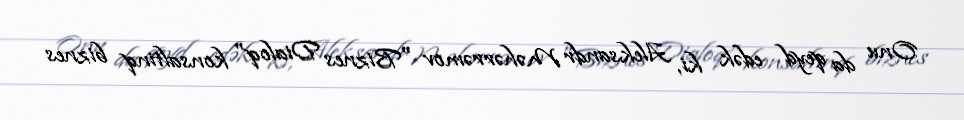
Onu da qeyd edək ki, Aleksandr Məhərrəmov "Biznes Dialoq" konsaltinq biznes